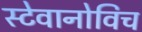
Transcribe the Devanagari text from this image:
स्टेवानोविच